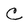
Character: C